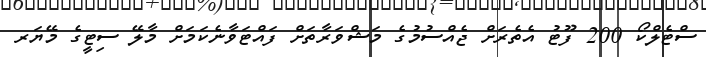
ސްޓެލްކޯ 200 ފޫޓު އެތެރަށް ޖެއްސުމުގެ މަޝްވަރާތަށް ފައްޓަވާނެކަމަށް މާލޭ ސިޓީގެ މޭޔަރ